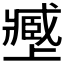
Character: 𡒥